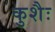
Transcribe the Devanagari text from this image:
कुशैः